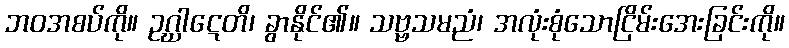
ဘဝအစပ်ကို။ ဥဂ္ဃာဋေတိ၊ ခွာနိုင်၏။ သဗ္ဗသမညံ၊ အလုံးစုံသောငြိမ်းအေးခြင်းကို။